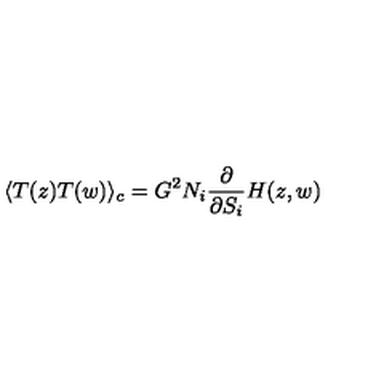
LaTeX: \langle T ( z ) T ( w ) \rangle _ { c } = G ^ { 2 } N _ { i } \frac { \partial } { \partial S _ { i } } H ( z , w )